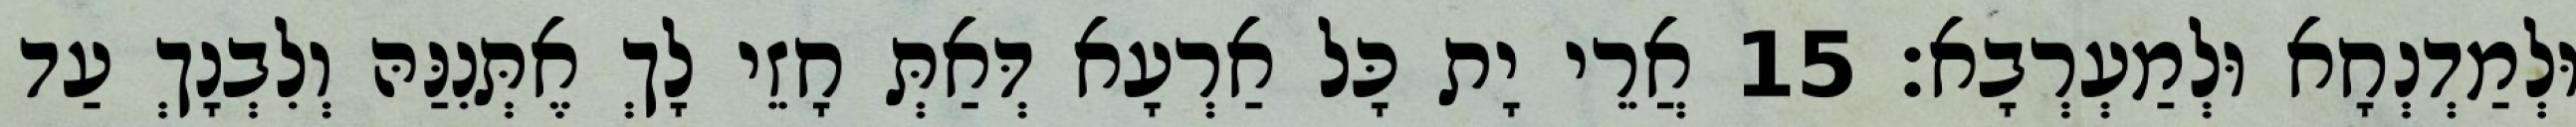
וּלְמַדְנְחָא וּלְמַעְרְבָא׃ 15 אֲרֵי יָת כָּל אַרְעָא דְּאַתְּ חָזֵי לָךְ אֶתְּנִנַּהּ וְלִבְנָךְ עַד